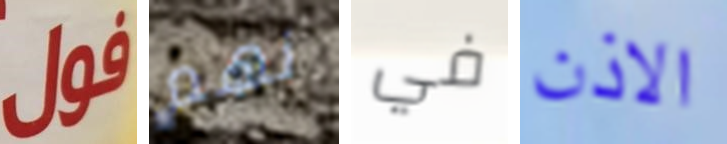
فول نهم في الاذن